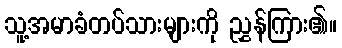
သူ့အမာခံတပ်သားများကို ညွှန်ကြား၏။